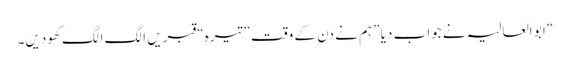
“ ابو العالیہ نے جواب دیا ”ہم نے دن کے وقت ”تیرہ“ قبریں الگ الگ کھودیں۔